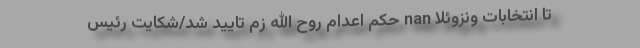
تا انتخابات ونزوئلا nan حکم اعدام روح الله زم تایید شد/شکایت رئیس